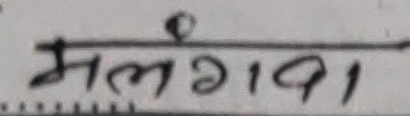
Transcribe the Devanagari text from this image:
मलंगवा